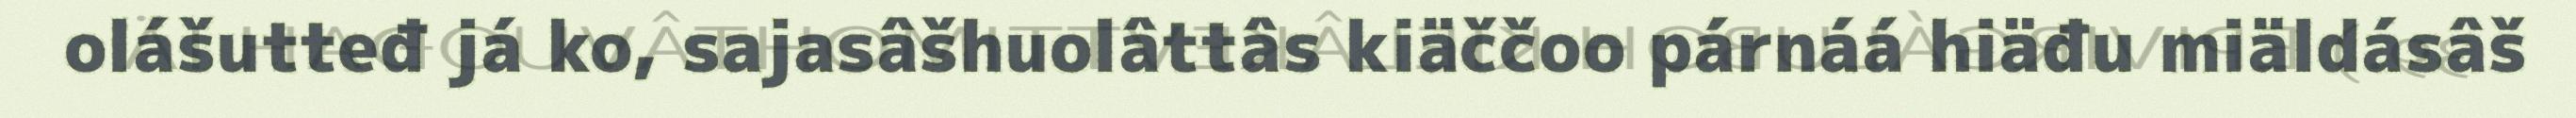
olášutteđ já ko, sajasâšhuolâttâs kiäččoo párnáá hiäđu miäldásâš